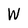
Character: W